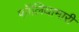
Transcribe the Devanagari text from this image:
फॉलियामारी